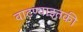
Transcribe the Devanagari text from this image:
वाटण्याइतकी